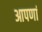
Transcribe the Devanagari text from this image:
आपणां